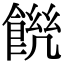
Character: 𩜆